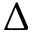
\Delta